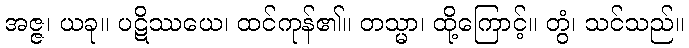
အဇ္ဇ၊ ယခု။ ပဋိဿယေ၊ ထင်ကုန်၏။ တသ္မာ၊ ထို့ကြောင့်။ တွံ၊ သင်သည်။